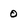
Character: 0